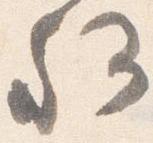
卿